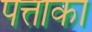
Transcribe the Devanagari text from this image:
पत्ताका